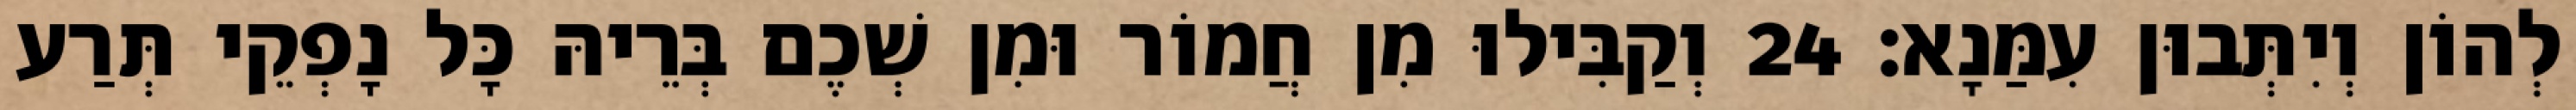
לְהוֹן וְיִתְּבוּן עִמַּנָא׃ 24 וְקַבִּילוּ מִן חֲמוֹר וּמִן שְׁכֶם בְּרֵיהּ כָּל נָפְקֵי תְּרַע